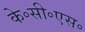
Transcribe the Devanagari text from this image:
के॰सी॰एस॰